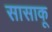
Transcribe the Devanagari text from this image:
सासाकू